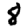
Digit: 8